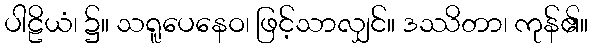
ပါဠိယံ၊ ၌။ သရူပေနေဝ၊ ဖြင့်သာလျှင်။ ဒဿိတာ၊ ကုန်၏။